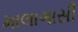
માલાગાસી